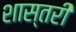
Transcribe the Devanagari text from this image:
शास्तरी